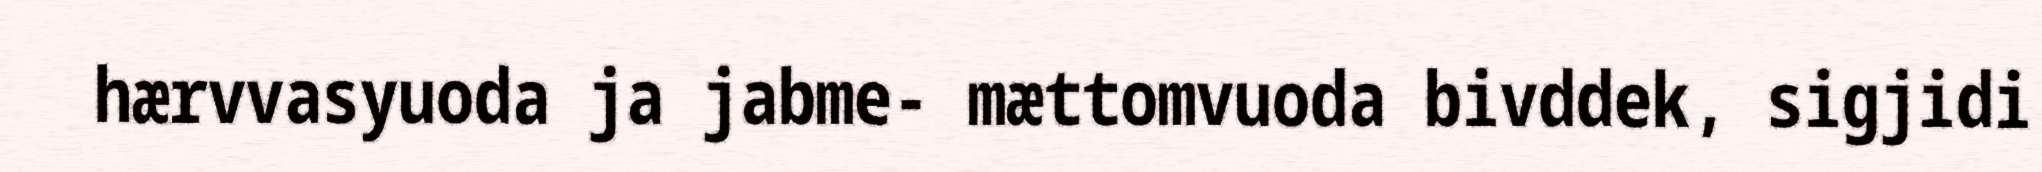
hærvvasyuoda ja jabme- mættomvuoda bivddek, sigjidi